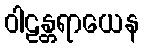
ဝါဠန္တရာယေန